Indian Civil Veterinary Department memoirs
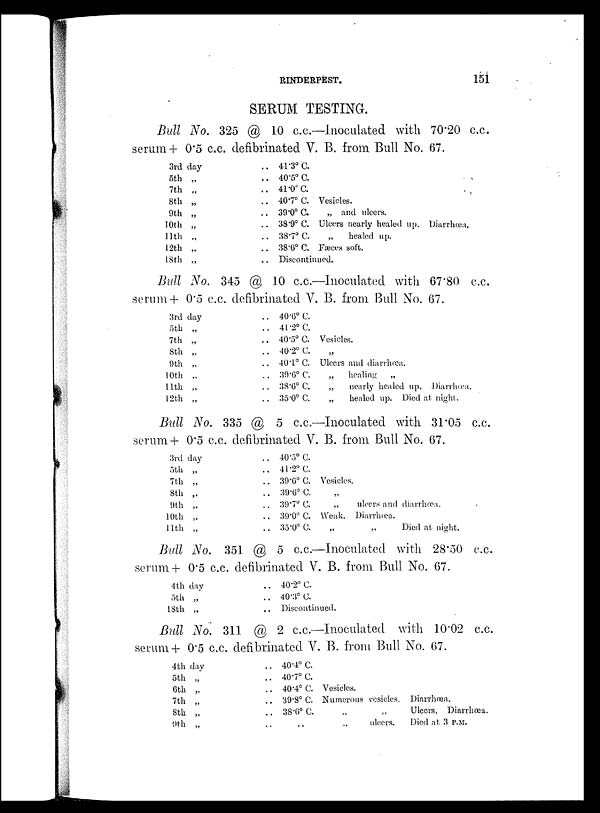
RINDERPEST.
15l
SERUM TESTING.
Bull No. 325 @ 10 c.c.—Inoculated with 70.20 c.c.
serum + 0.5 c.c. defibrinated V. B. from Bull No. 67.
3rd day
5th „
7th „
8th „
9th „
10th „
11th „
12th „
18th „
.. 41.3º C.
.. 40.5º C.
.. 41.0º C.
.. 40.7º C. Vesicles.
.. 39.0º C.
„ and ulcers.
.. 38.9º C. Ulcers nearly healed up. Diarrhœa.
.. 38.7º C.
„
healed up.
.. 38.6º C. Fæces soft.
.. Discontinued.
Bull No. 345 @ 10 c.c.—Inoculated with 67.80 c.c.
serum 4+0.5 c.c. defibrinated V. B. from Bull No. 67.
3rd day
5th „
7th „
8th „
9th „
10th „
11th „
12th „
.. 40.6º C.
.. 41.2º C.
.. 40.5º C. Vesicles.
.. 40.2º C. „
.. 40.1º C. Ulcers and diarrhœa.
.. 39º0º C.
„
healing
„
.. 38.6º C.
„
nearly healed up. Diarrhœa.
.. 35.0º C.
„
healed up. Died at night.
Bull No. 335 @ 5 c.c.—Inoculated with 31.05 c.c.
serum + 0.5 c.c. defibrinated V. B. from Bull No. 67.
3rd day
5th „
7th „
8th „
9th „
10th „
11th „
.. 40.5º C.
.. 41.2º C.
.. 39.6º C. Vesicles.
.. 39.6º C. „
.. 39.7º C.
„
ulcers and diarrhœa.
.. 39.0º C. Weak. Diarrhœa.
.. 35.0º C.
„
„
Died at night.
Bull No. 351 @ 5 c.c.—Inoculated with 28.50 c.c.
serum + 0.5 c.c. defibrinated V. B. from Bull No. 67.
4th day
5th „
18th „
.. 40.2º C.
.. 40.3º C.
.. Discontinued.
Bull No. 311 @ 2 c.c.—Inoculated with 10.02 c.c.
serum + 0.5 c.c. defibrinated V. B. from Bull No. 67.
4th day
5th „
6th „
7th „
8th „
9th „
.. 40.4º C.
.. 40.7º C.
.. 40.4º C. Vesicles.
.. 39.8º C. Numerous vesicles. Diarrhœa.
.. 38.6º C.
„
„
Ulcers. Diarrhœa.
.. .. .. ulcers.
Died at 3 P.M.